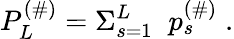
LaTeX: P_{L}^{(\# )}=\Sigma_{s=1}^{L}\; \; p_{s}^{(\# )}\; .